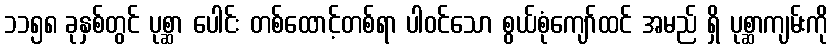
၁၁၅၈ ခုနှစ်တွင် ပုစ္ဆာ ပေါင်း တစ်ထောင့်တစ်ရာ ပါဝင်သော စွယ်စုံကျော်ထင် အမည် ရှိ ပုစ္ဆာကျမ်းကို